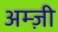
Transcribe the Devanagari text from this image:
अम्ज़ी